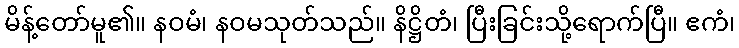
မိန့်တော်မူ၏။ နဝမံ၊ နဝမသုတ်သည်။ နိဋ္ဌိတံ၊ ပြီးခြင်းသို့ရောက်ပြီ။ ဧကံ၊